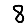
Digit: 8